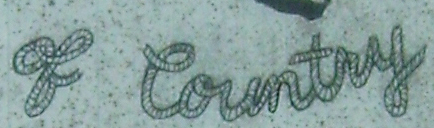
of tountry